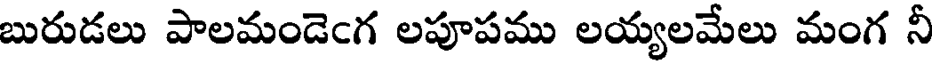
బురుడలు పాలమండెఁగ లపూపము లయ్యలమేలు మంగ నీ